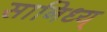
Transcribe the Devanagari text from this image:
सानिध्य्